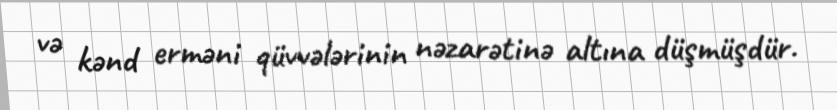
və kənd erməni qüvvələrinin nəzarətinə altına düşmüşdür.